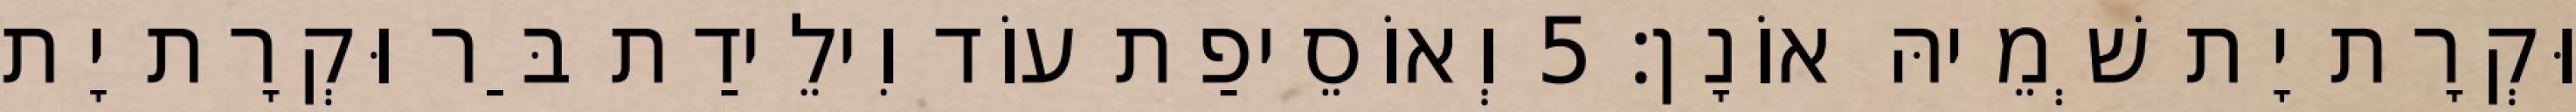
וּקְרָת יָת שְׁמֵיהּ אוֹנָן׃ 5 וְאוֹסֵיפַת עוֹד וִילֵידַת בַּר וּקְרָת יָת